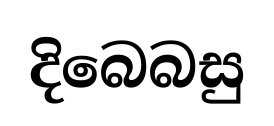
දිබෙබසු